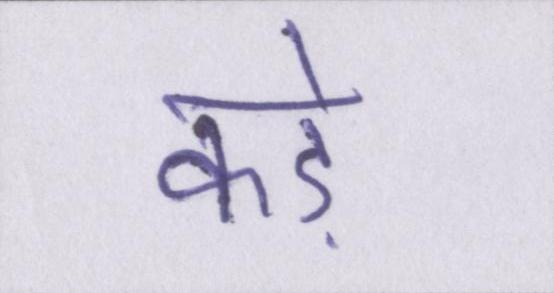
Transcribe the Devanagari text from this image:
कड़े